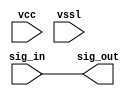
// SPDX-License-Identifier: Apache-2.0
// Copyright (C) 2019 Intel Corporation. 
// Library - aibcr_lib, Cell - aibcr_rambit_buf, View - schematic
// LAST TIME SAVED: May 13 16:26:38 2015
// NETLIST TIME: Jun  3 08:29:49 2015
// `timescale 1ns / 1ns 

module aibcr3_rambit_buf ( sig_out, sig_in, vcc, vssl );

output  sig_out;

input  sig_in, vcc, vssl;

wire sig_out, sig_in;


// specify 
//     specparam CDS_LIBNAME  = "aibcr_lib";
//     specparam CDS_CELLNAME = "aibcr_rambit_buf";
//     specparam CDS_VIEWNAME = "schematic";
// endspecify

assign sig_out = sig_in;

endmodule